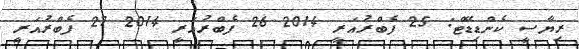
ރިޔާސީ ކެންޑިޑޭޓް: 25 ފެބްރުއަރީ 2014 26 ފެބްރުއަރީ 2014 27 ފެބްރުއަރީ